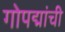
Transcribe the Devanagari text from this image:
गोपद्मांची